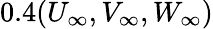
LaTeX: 0.4({U_{\infty}},{V_{\infty}},{W_{\infty}})